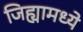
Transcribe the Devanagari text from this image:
जिह्यामध्ये